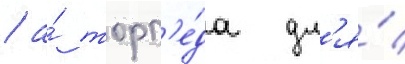
/ а́ торп'е́да дл'я́